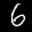
Label: 6